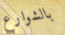
بالشوارع